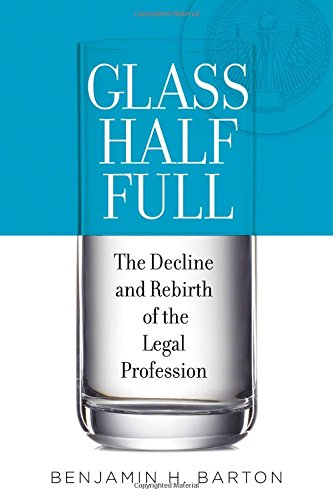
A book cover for Glass Half Full: The Decline and Rebirth of the Legal Profession; Benjamin H. Barton; Law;